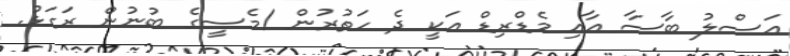
ޢަސްލު ބާސާ އާއި މެޑްރިޑް އަަކީ ދެ ހަތުރުން /މެސީގެ ބުނުން ރަގަަޅު.